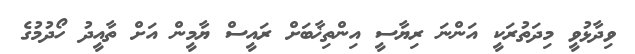
ވިދާޅުވީ މިދަތުރަކީ އަންނަ ރިޔާސީ އިންތިޚާބަށް ރައީސް ޔާމީން އަށް ތާއީދު ހޯދުމުގެ